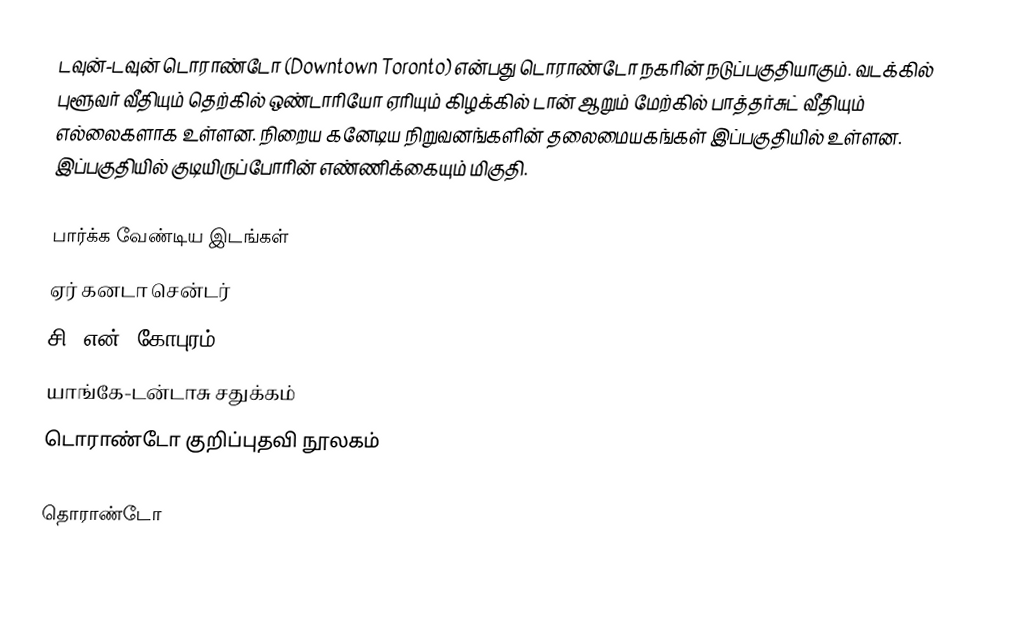
டவுன்-டவுன் டொராண்டோ (Downtown Toronto) என்பது டொராண்டோ நகரின் நடுப்பகுதியாகும். வடக்கில் புளூவர் வீதியும் தெற்கில் ஒண்டாரியோ ஏரியும் கிழக்கில் டான் ஆறும் மேற்கில் பாத்தர்சுட் வீதியும் எல்லைகளாக உள்ளன. நிறைய கனேடிய நிறுவனங்களின் தலைமையகங்கள் இப்பகுதியில் உள்ளன. இப்பகுதியில் குடியிருப்போரின் எண்ணிக்கையும் மிகுதி.

பார்க்க வேண்டிய இடங்கள்
 ஏர் கனடா சென்டர்
 சி. என். கோபுரம்
 யாங்கே-டன்டாசு சதுக்கம்
 டொராண்டோ குறிப்புதவி நூலகம்

தொராண்டோ